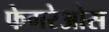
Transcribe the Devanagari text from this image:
फेगरेओस